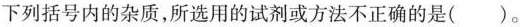
下列括号内的杂质，所选用的试剂或方法不正确的是( )。